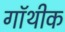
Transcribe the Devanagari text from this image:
गॉथीक